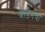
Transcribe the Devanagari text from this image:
बाडेनचा